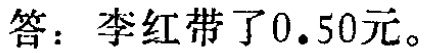
答：李红带了\(0.50\)元。